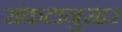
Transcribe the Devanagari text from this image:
संकटानुसार